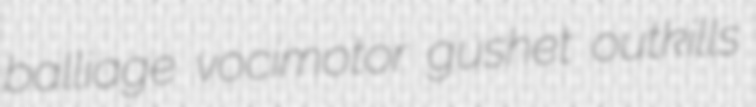
balliage vocimotor gushet outkills